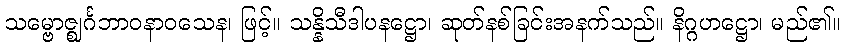
သမ္ဗောဇ္ဈင်္ဂဘာဝနာဝသေန၊ ဖြင့်။ သန္နိသီဒါပနဋ္ဌော၊ ဆုတ်နစ်ခြင်းအနက်သည်။ နိဂ္ဂဟဋ္ဌော၊ မည်၏။